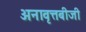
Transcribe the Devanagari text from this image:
अनावृत्तबीजी